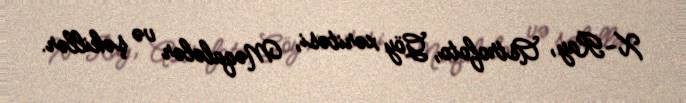
X-Ray, Astrofoto, Göy xəritəsi, Məqalələr və şəkillər.